Civil Veterinary Department Bihar & Orissa reports 1911-21 - 1911-1921
Year: 1911
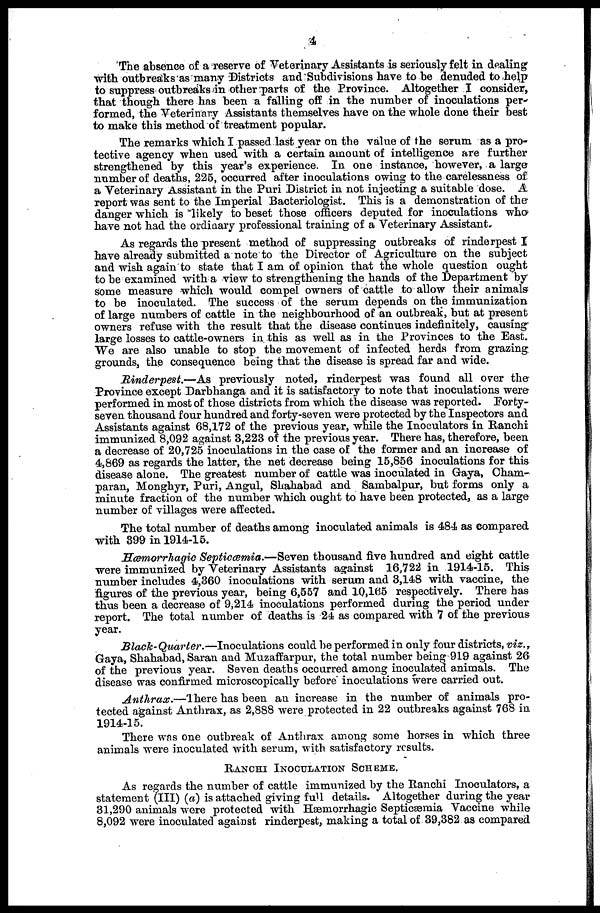
4
The absence of a reserve of Veterinary Assistants is seriously felt in dealing
with outbreaks as many Districts and Subdivisions have to be denuded to help
to suppress outbreaks in other parts of the Province. Altogether I consider,
that though there has been a falling off in the number of inoculations per-
formed, the Veterinary Assistants themselves have on the whole done their best
to make this method of treatment popular.
The remarks which I passed last year on the value of the serum as a pro-
tective agency when used with a certain amount of intelligence are further
strengthened by this year's experience. In one instance, however, a large
number of deaths, 225, occurred after inoculations owing to the carelessness of
a Veterinary Assistant in the Puri District in not injecting a suitable dose. A
report was sent to the Imperial Bacteriologist. This is a demonstration of the
danger which is likely to beset those officers deputed for inoculations who
have not had the ordinary professional training of a Veterinary Assistant.
As regards the present method of suppressing outbreaks of rinderpest I
have already submitted a note to the Director of Agriculture on the subject
and wish again to state that I am of opinion that the whole question ought
to be examined with a view to strengthening the hands of the Department by
some measure which would compel owners of cattle to allow their animals
to be inoculated. The success of the serum depends on the immunization
of large numbers of cattle in the neighbourhood of an outbreak, but at present
owners refuse with the result that the disease continues indefinitely, causing
large losses to cattle-owners in this as well as in the Provinces to the East.
We are also unable to stop the movement of infected herds from grazing
grounds, the consequence being that the disease is spread far and wide.
Rinderpest.—As previously noted, rinderpest was found all over the
Province except Darbhanga and it is satisfactory to note that inoculations were
performed in most of those districts from which the disease was reported. Forty-
seven thousand four hundred and forty-seven were protected by the Inspectors and
Assistants against 68,172 of the previous year, while the Inoculators in Ranchi
immunized 8,092 against 3,223 of the previous year. There has, therefore, been
a decrease of 20,725 inoculations in the case of the former and an increase of
4,869 as regards the latter, the net decrease being 15,856 inoculations for this
disease alone. The greatest number of cattle was inoculated in Gaya, Cham-
paran, Monghyr, Puri, Angul, Shahabad and Sambalpur, but forms only a
minute fraction of the number which ought to have been protected, as a large
number of villages were affected.
The total number of deaths among inoculated animals is 484 as compared
with 399 in 1914-15.
Hæmorrhagic Septicæmia.—Seven thousand five hundred and eight cattle
were immunized by Veterinary Assistants against 16,722 in 1914-15. This
number includes 4,360 inoculations with serum and 3,148 with vaccine, the
figures of the previous year, being 6,557 and 10,165 respectively. There has
thus been a decrease of 9,214 inoculations performed during the period under
report. The total number of deaths is 24 as compared with 7 of the previous
year.
Black-Quarter.—Inoculations
could be performed in only four districts, viz.,
Gaya, Shahabad, Saran and Muzaffarpur, the total number being 919 against 26
of the previous year. Seven deaths occurred among inoculated animals. The
disease was confirmed microscopically before inoculations were carried out.
Anthrax.—There has been an increase in the number of animals pro-
tected against Anthrax, as 2,888 were protected in 22 outbreaks against 768 in
1914-15.
There was one outbreak of Anthrax among some horses in which three
animals were inoculated with serum, with satisfactory results.
RANCHI INOCULATION SCHEME.
As regards the number of cattle immunized by the Ranchi Inoculators, a
statement (III) (a) is attached giving full details. Altogether during the year
31,290 animals were protected with Hæmorrhagic Septicæmia Vaccine while
8,092 were inoculated against rinderpest, making a total of 39,382 as compared